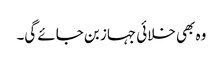
وہ بھی خلائی جہاز بن جائے گی۔